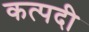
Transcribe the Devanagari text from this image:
कत्पदी